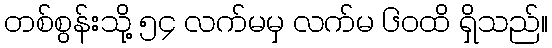
တစ်စွန်းသို့ ၅၄ လက်မမှ လက်မ ၆၀ထိ ရှိသည်။